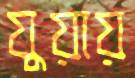
যুয়ায়